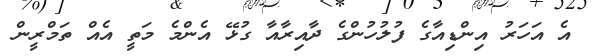
އެ އަހަރު އިންޑިއާގެ ފުލުހުންގެ ދާއިރާއާ ގުޅޭ އެންމެ މަތީ އެއް ތަމްރީން